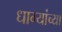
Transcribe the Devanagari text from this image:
धाग्यांच्या